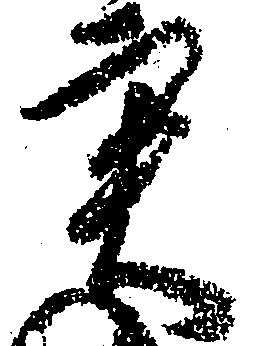
実